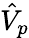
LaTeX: \hat{V}_{p}